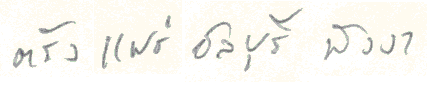
ตรังแพร่ชลบุรีพังงา